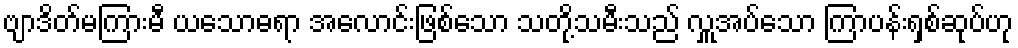
ဗျာဒိတ်မကြားမီ ယသောဓရာ အလောင်းဖြစ်သော သတို့သမီးသည် လှူအပ်သော ကြာပန်းရှစ်ဆုပ်ဟု